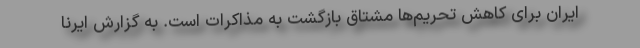
ایران برای کاهش تحریم‌ها مشتاق بازگشت به مذاکرات است. به گزارش ایرنا